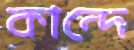
কান্দে